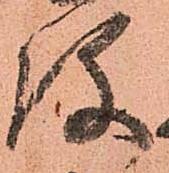
役